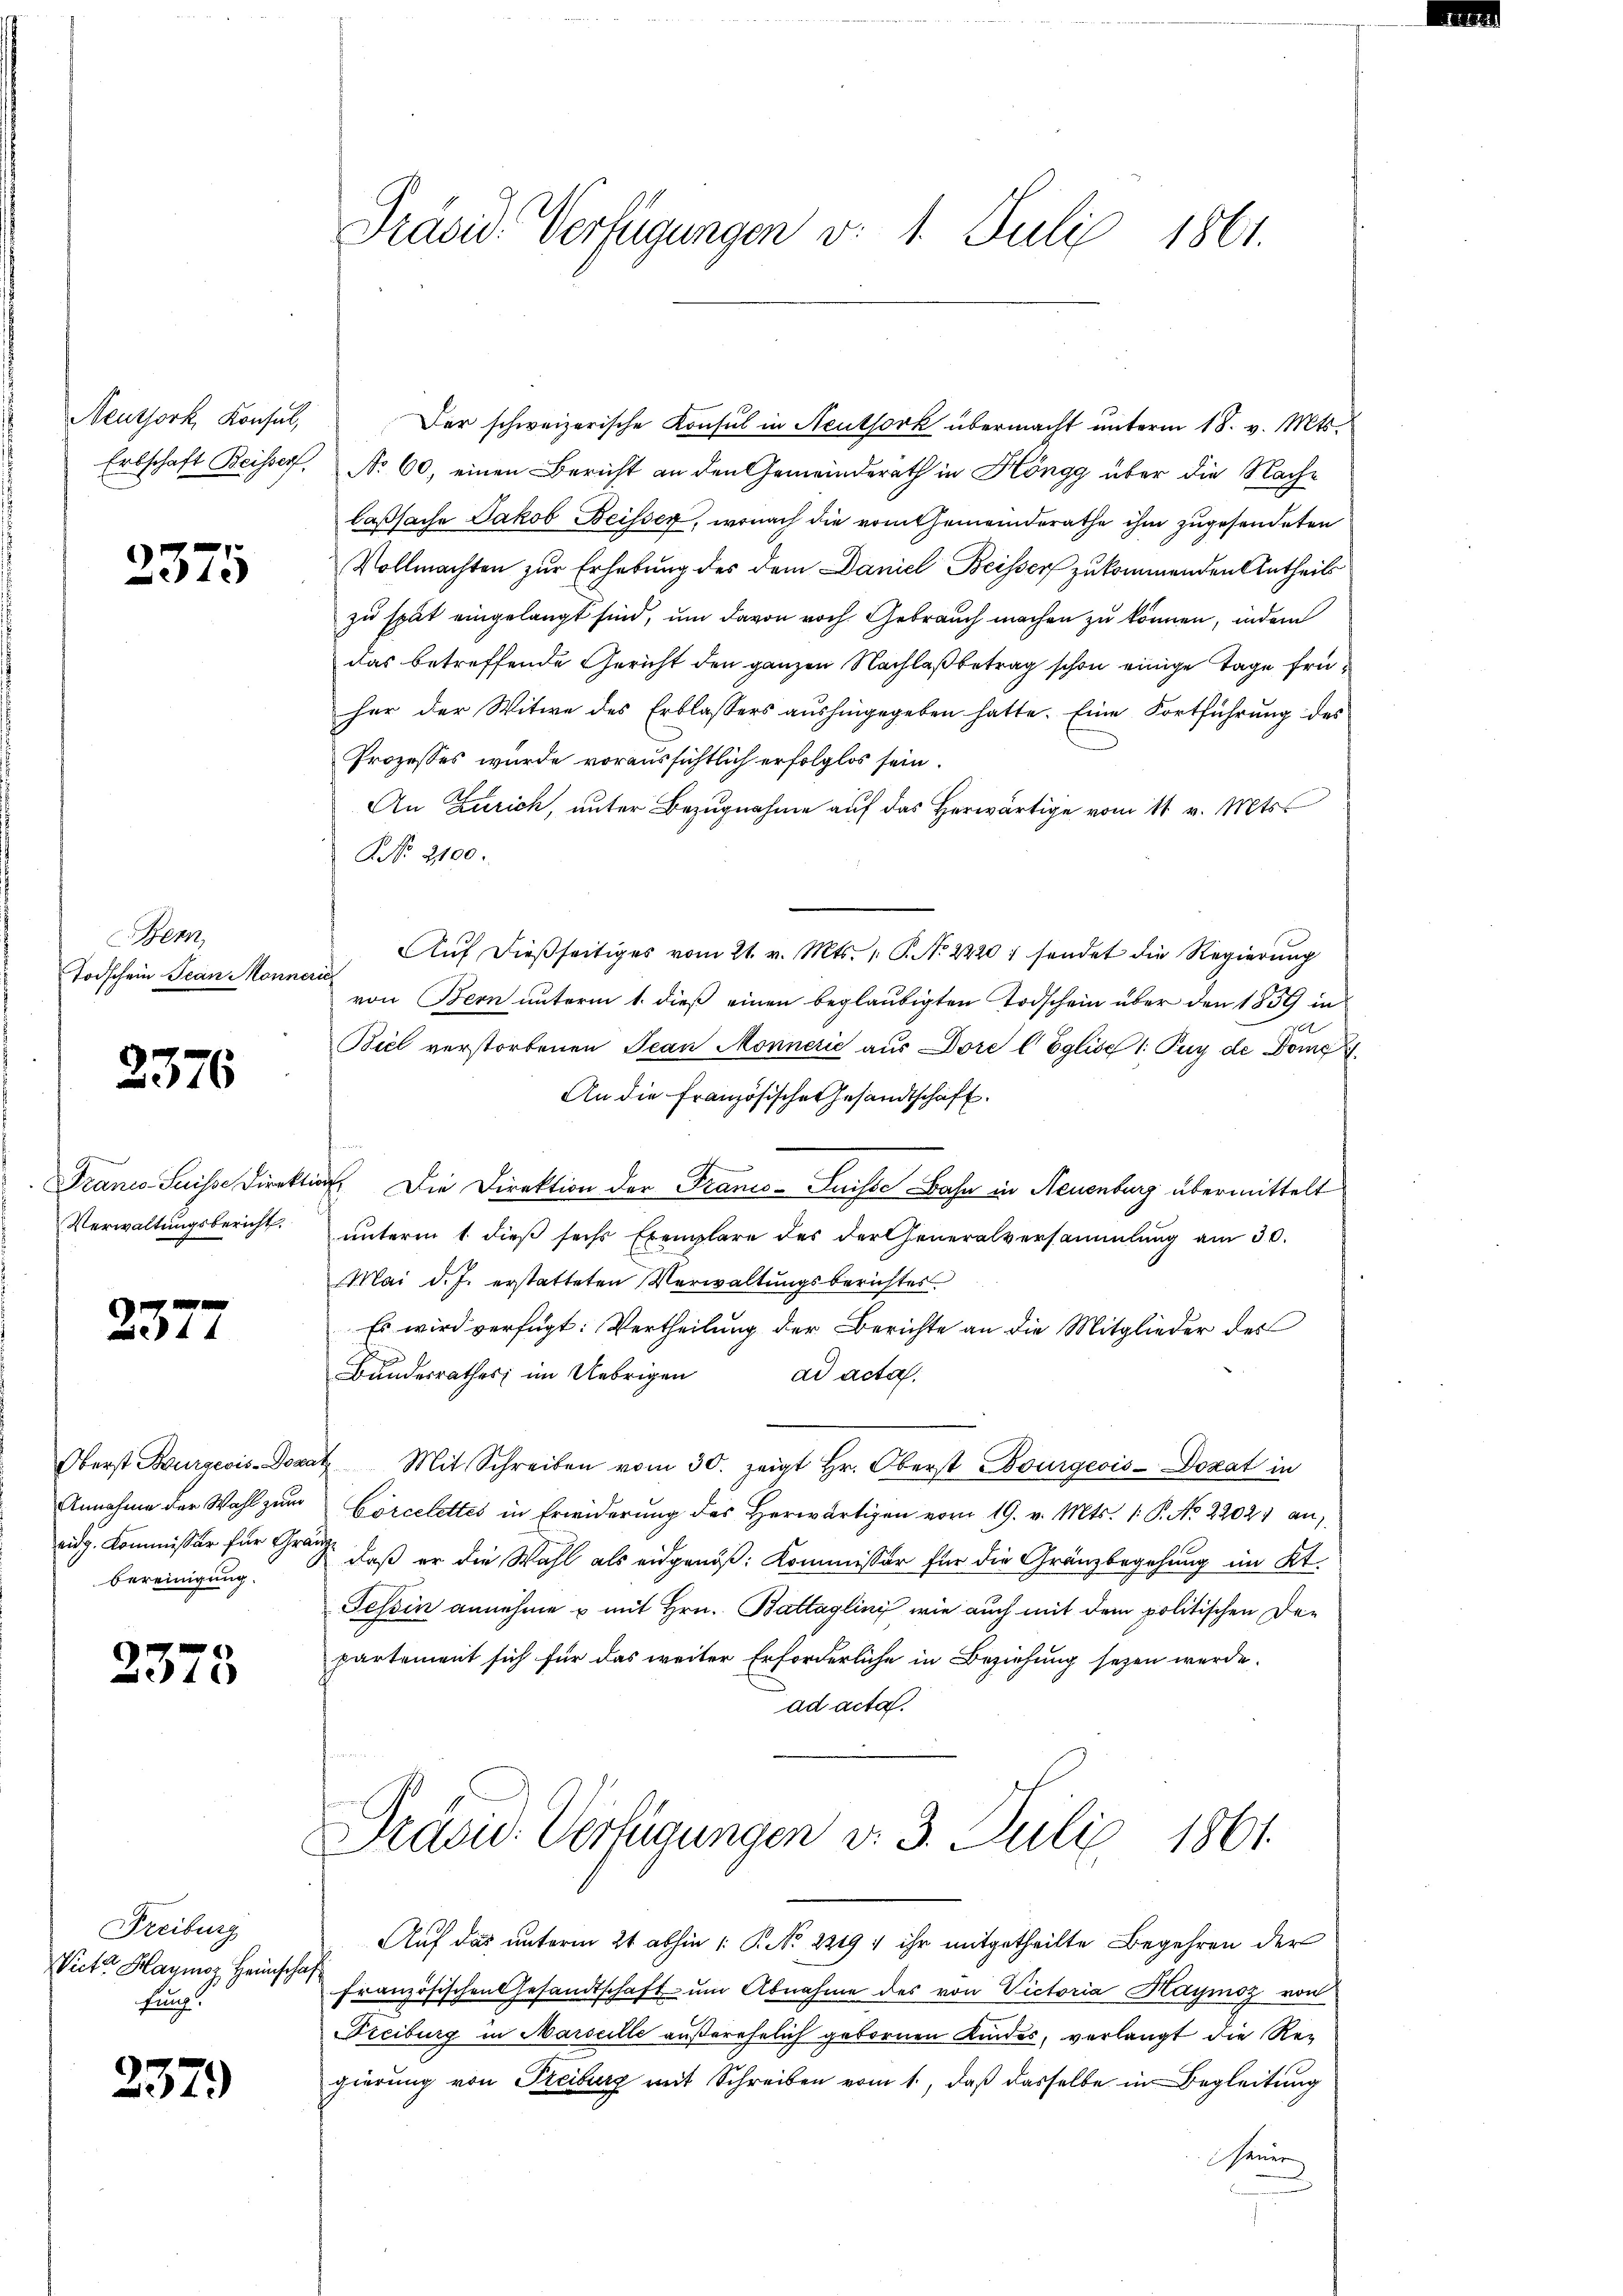
Neuthork, Konsul,
Erbschaft Beisserf

2375

Bern,
Todschein Jean Monne

2376

Franco Suisse Direkt
Verwaltungsbericht.

84 f

Oberst Burgeois Dona
Annahme der Wahl zum
eidg. Kommissär für Gr
bereinigung.

2373

Freiburg
Victor Haymoz Heinscha
fung.

237)

Präsid. Verfügungen v. 1. Juli 1861.

Der schweizerische Konsul in Neuthork übermacht unterm 18. v. Mts.
No 60, einen Bericht an den Gemeinderath in Höngg über die Nache
laßsache Jakob Beisser, wonach die vom Gemeinderathe ihm zugesendeten
Vollmachten zur Erhebung des dem Daniel Beissers zukommenden Antheils
zu spät eingelangt sind, um davon noch Gebrauch machen zu können, indem
das betreffende Gericht den ganzen Nachlaß betrag schon einige Tage früher der Witwe des Erblassers aushingegeben hatte. Eine Fortführung des
Prozesses wurde voraussichtlich erfolglos sein.
An Zürich, unter Bezugnahme auf das Herwärtige vom 11. v. Mts.
NNo. 2100.
Aŭf dießseitiges vom 21. v. Mts. 1. P. No 2420; sendet die Regierung
i
von Bern unterm 1. dieß einen beglaubigten Todschein über den 1859 in
Biel verstorbenen Jean Monnerić aus Dore l Eglise 1: Puy de Dome
An die französische Gesandtschaft.
¬
i. Die Direktion der Franco-Suisse Bahn in Neuenburg übermittelt
unterm 1. dieß sechs Exemplare des der Generalversammlung am 30.
Mai d. J. erstatteten Verwaltungsberichtes
Es wird verfügt: Vertheilung der Berichte an die Mitglieder des
Bundesrathes; im Uebrigen
ad acta.
4 Mit Schreiben vom 30. zeigt Hr. Oberst Bourgeois-Dozat in
Cörcelettes in Erwiderung des Herwärtigen vom 19. v. Mts. 1. P. No 22021 an,
.
daß er die Wahl als eidgenöß: Kommissor für die Gränzbegehung im Kt.
Tessin annehme u mit Hrn. Battaglini wie auch mit dem politischen De-
partement sich für das weiter Erforderliche in Beziehung seyen werde.
ad acta.
Präsid. Verfügungen v. 3. Juli 1861.
Auf das unterm 21 abhin 1: P. No 22197 ihr mitgetheilte Begehren der
französischen Gesandtschaft ŭm Abnahme des von Victoria Haymoz von
Treiburg in Marseille außerehelich gebornen Kindes, verlangt die Regierung von Freiburg mit Schreiben vom 1., daß dasselbe in Begleitung
sauer